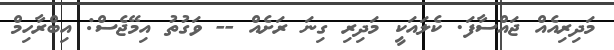
މަދިރިއެއް ޖައްސާފަ. ކެލައަކީ މަދިރި ގިނަ ރަށެއް -- ވަގުތު އިމޭޖެސް: އިބްރާހިމް